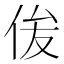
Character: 㑓